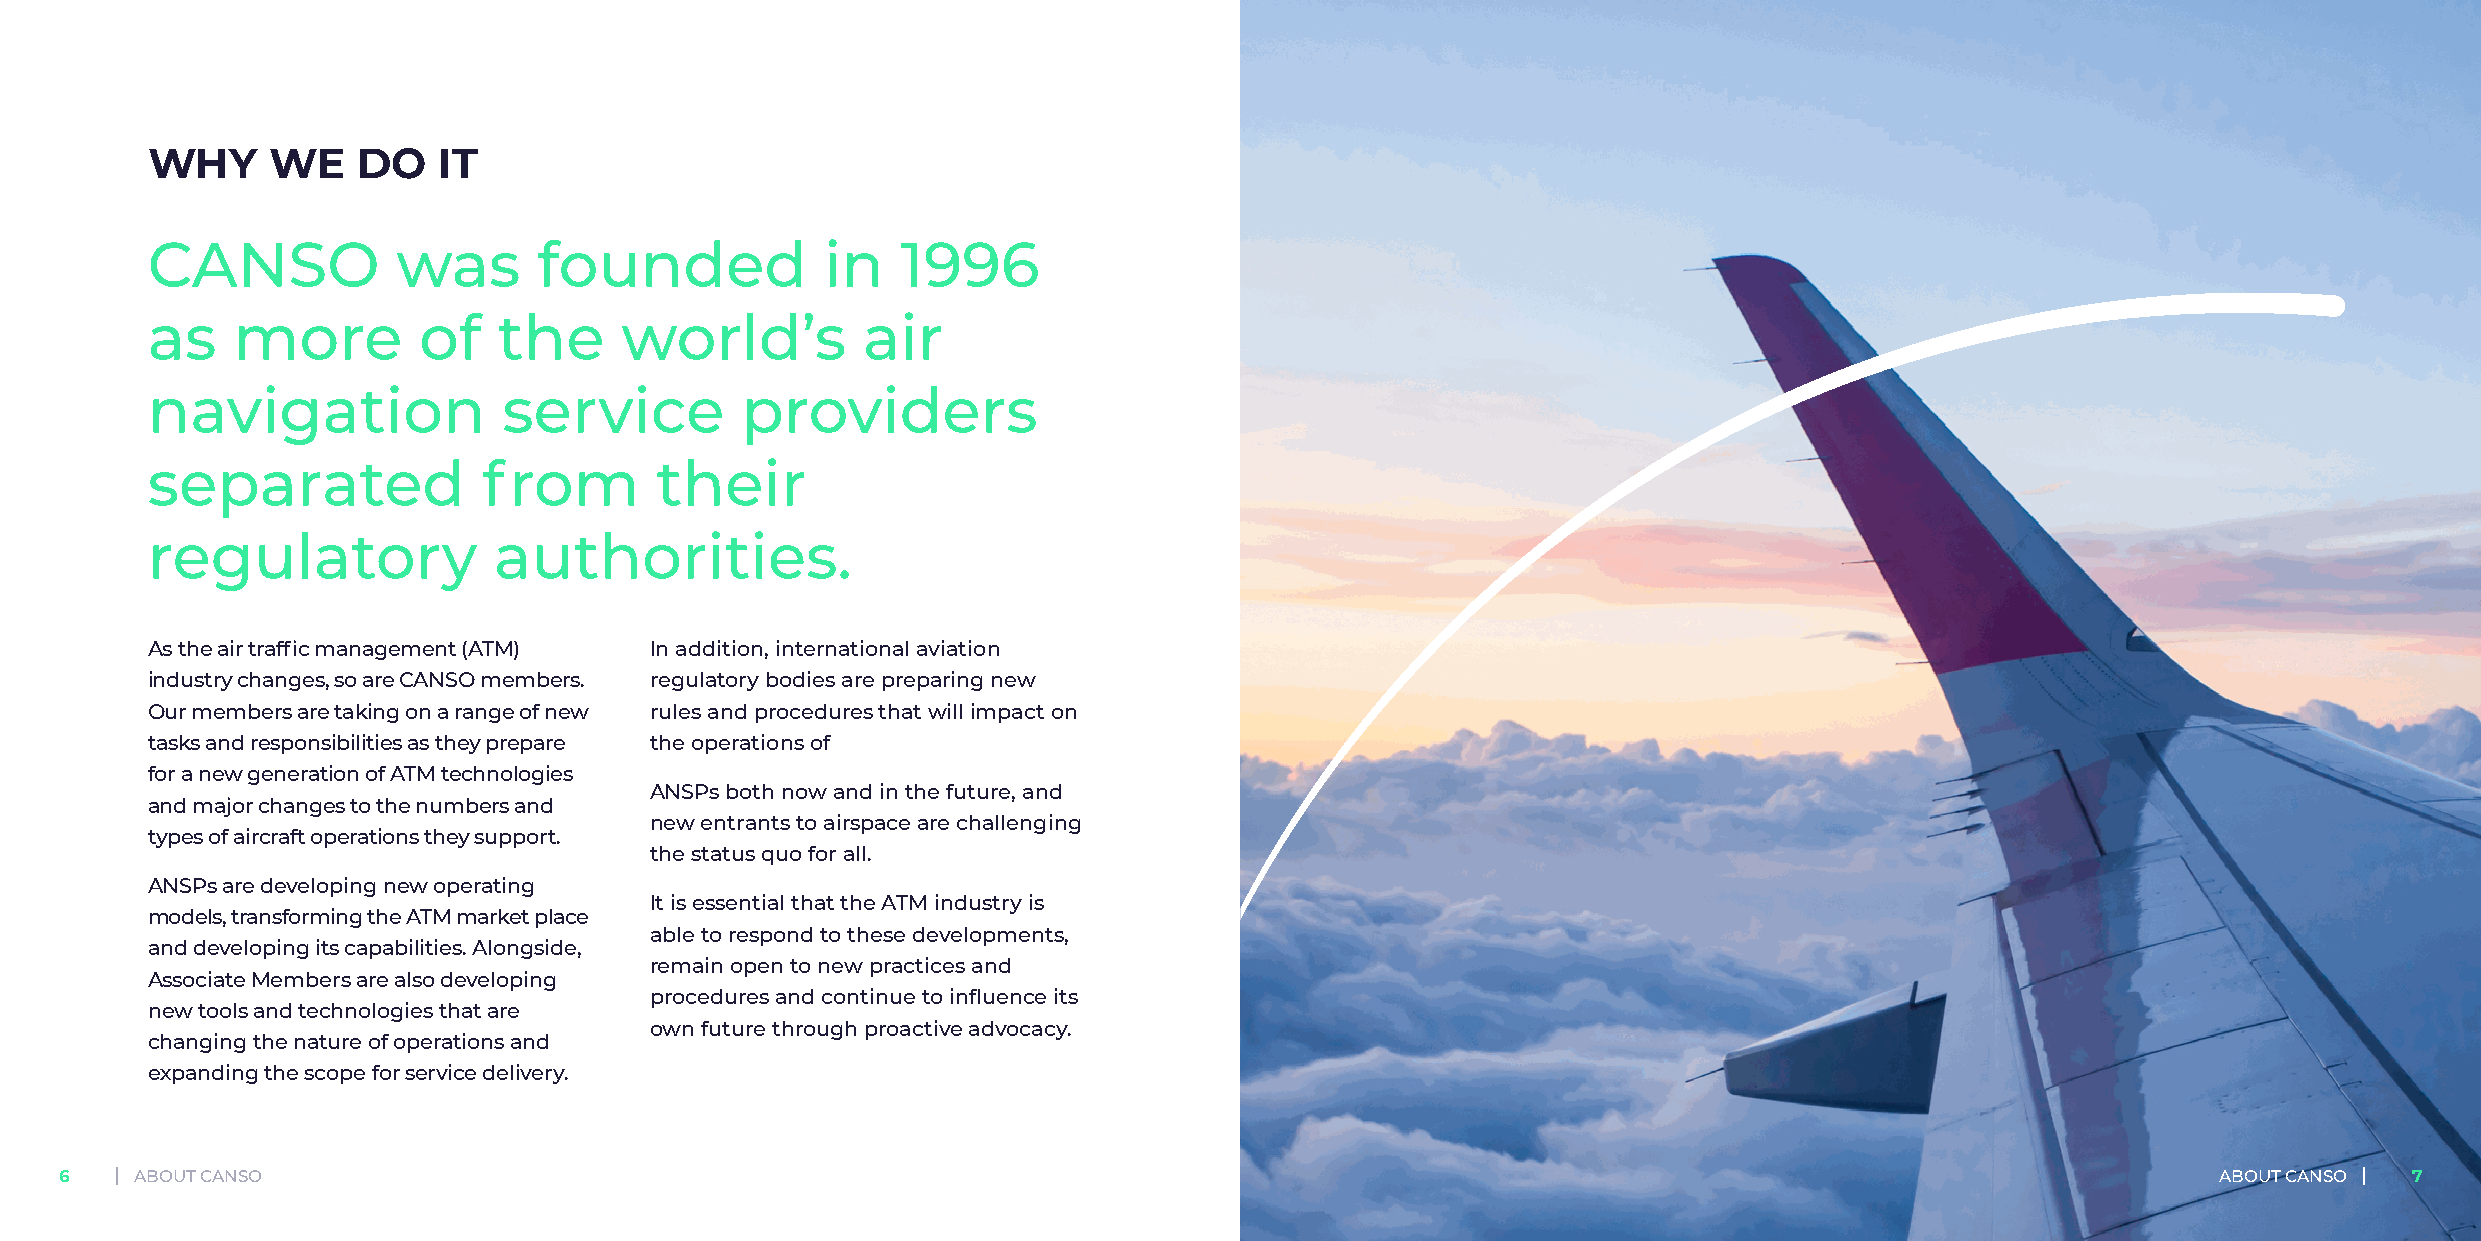
WHY     WE    DO   IT
 CANSO           was       founded            in   1996
 as   more         of   the     world’s         air
 navigation             service         providers
 separated             from       their
 regulatory             authorities.
 As the air traffic management (ATM) In addition, international aviation
 industry changes, so are CANSO members. regulatory bodies are preparing new
 Our members are taking on a range of new rules and procedures that will impact on
 tasks and responsibilities as they prepare the operations of
 for a new generation of ATM technologies
 ANSPs both now and in the future, and
 and major changes to the numbers and
 new entrants to airspace are challenging
 types of aircraft operations they support.
 the status quo for all.
 ANSPs are developing new operating
 It is essential that the ATM industry is
 models, transforming the ATM market place
 able to respond to these developments,
 and developing its capabilities. Alongside,
 remain open to new practices and
 Associate Members are also developing
 procedures and continue to influence its
 new tools and technologies that are
 own future through proactive advocacy.
 changing the nature of operations and
 expanding the scope for service delivery.
 6    ABOUT CANSO                                                                                                                               ABOUT CANSO  7